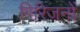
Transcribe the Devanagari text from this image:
गिरिजनों